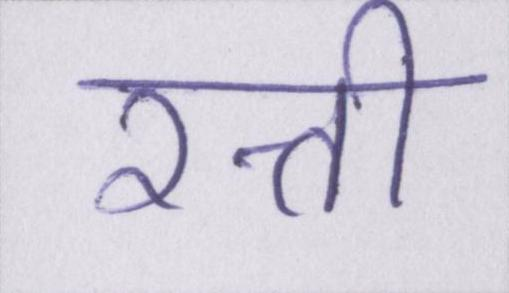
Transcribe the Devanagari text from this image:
रत्ती